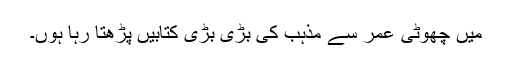
میں چھوٹی عمر سے مذہب کی بڑی بڑی کتابیں پڑھتا رہا ہوں۔